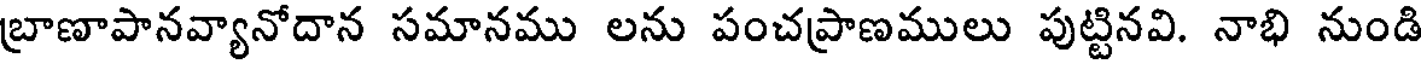
బ్రాణాపానవ్యానోదాన సమానము లను పంచప్రాణములు పుట్టినవి. నాభి నుండి